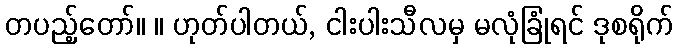
တပည့်တော်။ ။ ဟုတ်ပါတယ်, ငါးပါးသီလမှ မလုံခြုံရင် ဒုစရိုက်